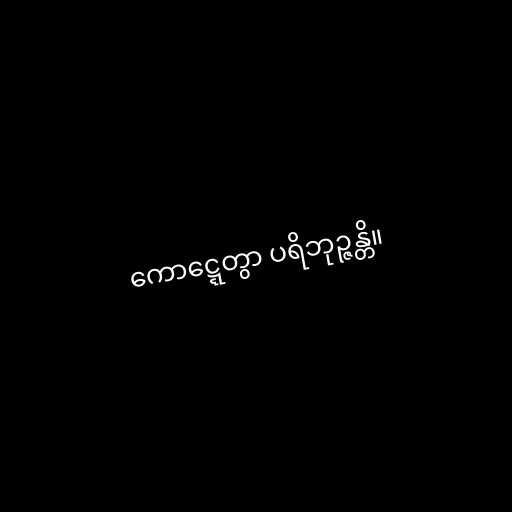
ကောဋ္ဋေတွာ ပရိဘုဉ္ဇန္တိ။